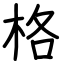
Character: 格